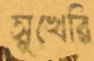
সূখেরি